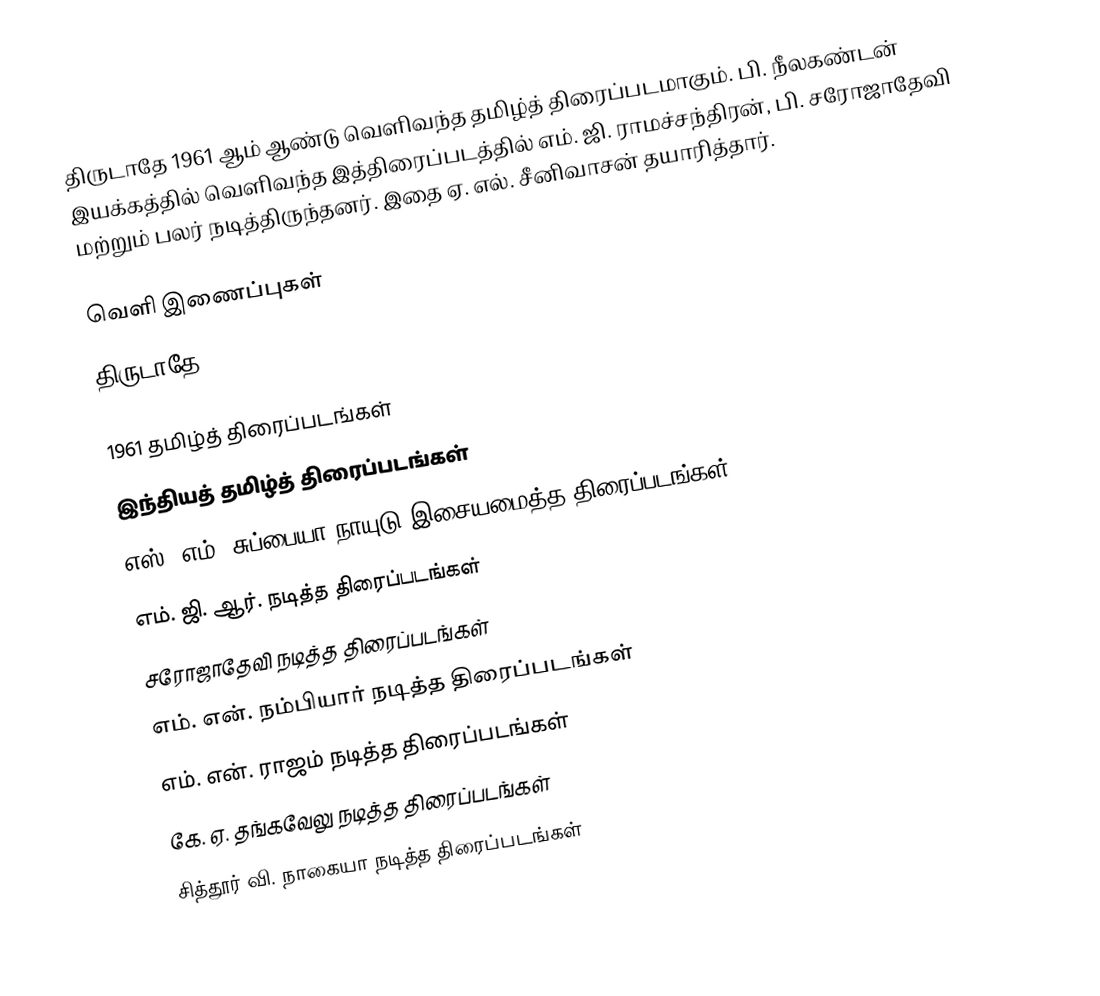
திருடாதே 1961 ஆம் ஆண்டு வெளிவந்த தமிழ்த் திரைப்படமாகும். பி. நீலகண்டன் இயக்கத்தில் வெளிவந்த இத்திரைப்படத்தில் எம். ஜி. ராமச்சந்திரன், பி. சரோஜாதேவி மற்றும் பலர் நடித்திருந்தனர். இதை ஏ. எல். சீனிவாசன் தயாரித்தார்.

வெளி இணைப்புகள்
 திருடாதே

1961 தமிழ்த் திரைப்படங்கள்
இந்தியத் தமிழ்த் திரைப்படங்கள்
எஸ். எம். சுப்பையா நாயுடு இசையமைத்த திரைப்படங்கள்
எம். ஜி. ஆர். நடித்த திரைப்படங்கள்
சரோஜாதேவி நடித்த திரைப்படங்கள்
எம். என். நம்பியார் நடித்த திரைப்படங்கள்
எம். என். ராஜம் நடித்த திரைப்படங்கள்
கே. ஏ. தங்கவேலு நடித்த திரைப்படங்கள்
சித்தூர் வி. நாகையா நடித்த திரைப்படங்கள்